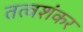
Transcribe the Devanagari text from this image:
तत्वशंकर